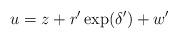
LaTeX: \begin{align*} u=z+r'\exp(\delta')+w' \end{align*}